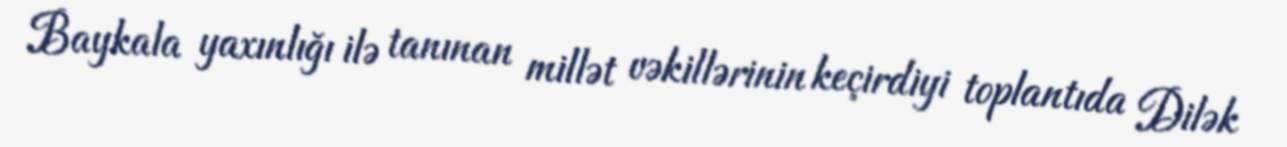
Baykala yaxınlığı ilə tanınan millət vəkillərinin keçirdiyi toplantıda Dilək